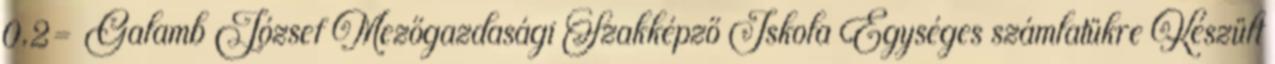
0,2= Galamb József Mezőgazdasági Szakképző Iskola Egységes számlatükre Készült